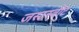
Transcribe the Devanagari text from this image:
जस्टस्वीट